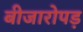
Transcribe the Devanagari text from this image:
बीजारोपड़